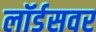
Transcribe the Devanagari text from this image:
लॉर्डसवर